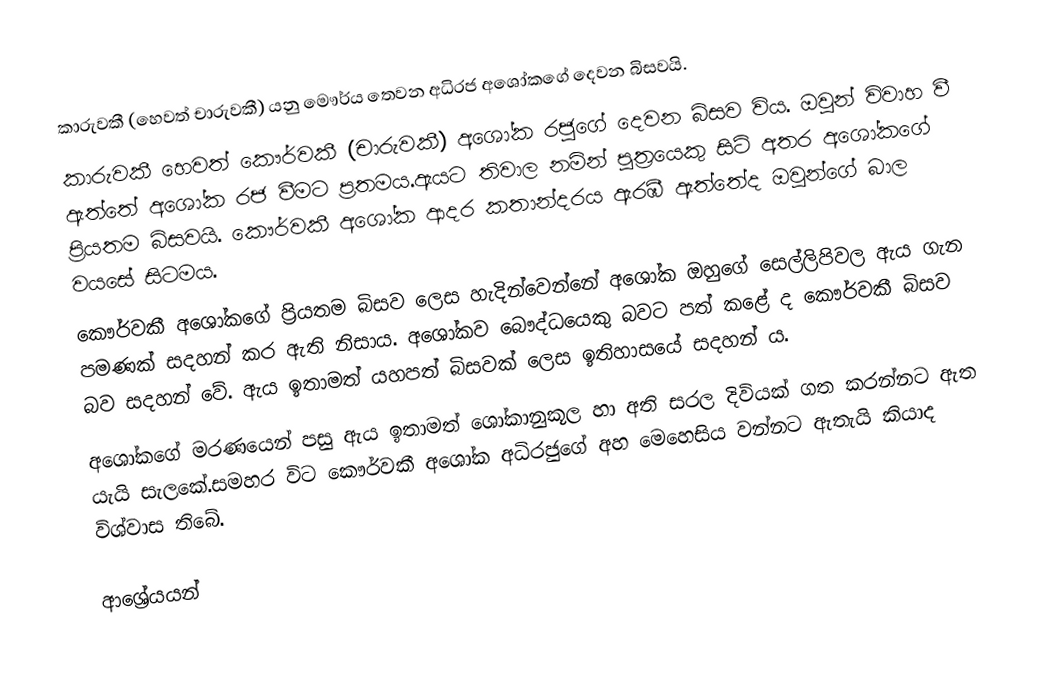
කාරුවකී (හෙවත් චාරුවකී) යනු මෞර්ය තෙවන අධිරජ අශෝකගේ දෙවන බිසවයි.
කාරුවකී හෙවත් කෞර්වකී (චාරුවකී)  අශෝක රජුගේ දෙවන බිසව විය. ඔවුන් විවාහ වී ඇත්තේ අශෝක රජ වීමට ප්‍රතමය.ඇයට තිවාල නමින් පුත්‍රයෙකු සිටි අතර අශෝකගේ ප්‍රියතම බිසවයි. කෞර්වකී අශෝක ආදර කතාන්දරය ඇරඹී ඇත්තේද ඔවුන්ගේ බාල වයසේ සිටමය.
කෞර්වකී අශෝකගේ ප්‍රියතම බිසව ලෙස හැදින්වෙන්නේ අශෝක ඔහුගේ සෙල්ලිපිවල ඇය ගැන පමණක් සදහන් කර ඇති නිසාය. අශෝකව බෞද්ධයෙකු බවට පත් කළේ ද කෞර්වකී බිසව බව සදහන් වේ. ඇය ඉතාමත් යහපත් බිසවක් ලෙස ඉතිහාසයේ සදහන්‍ ය.
අශෝකගේ මරණයෙන් පසු ඇය ඉතාමත් ශෝකානුකූල හා අති සරල දිවියක් ගත කරන්නට ඇත යැයි සැලකේ.සමහර විට කෞර්වකී අශෝක අධිරජුගේ අහ මෙහෙසිය වන්නට ඇතැයි කියාද විශ්වාස තිබේ.

ආශ්‍රේයයන්